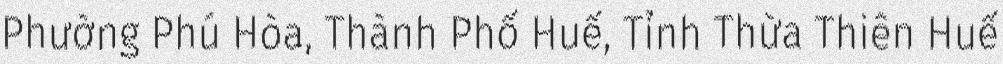
Phường Phú Hòa, Thành Phố Huế, Tỉnh Thừa Thiên Huế